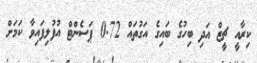
ކިރާއީ ޗީޒް އަދި ބިހުގެ ބައިގެ އަގުތައް 0.72 ޕަސެންޓް އުފުލިފައިވާ ކަމަށް